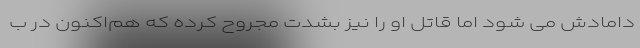
دامادش می شود اما قاتل او را نیز بشدت مجروح کرده که هم‌اکنون در ب